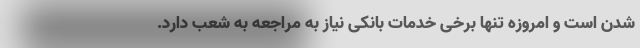
شدن است و امروزه تنها برخی خدمات بانکی نیاز به مراجعه به شعب دارد.